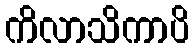
ကိလာသိကာပိ